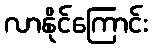
လာနိုင်ကြောင်း